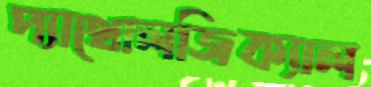
প্যাথোলজিক্যাল